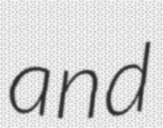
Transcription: and